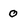
Character: 0